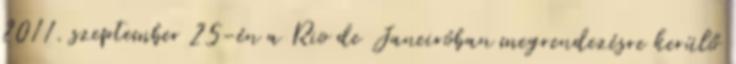
2011. szeptember 25-én a Rio de Janeiróban megrendezésre kerülő